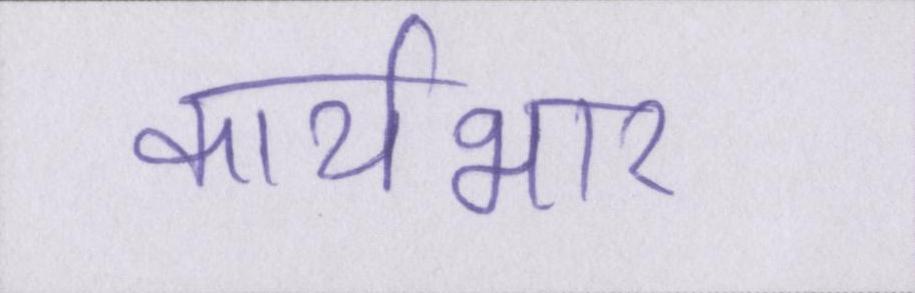
कार्यभार